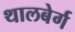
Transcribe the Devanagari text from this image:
थालबेर्ग